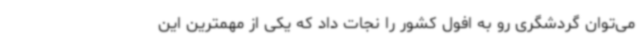
می‌توان گردشگری رو به افول کشور را نجات داد که یکی از مهمترین این